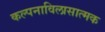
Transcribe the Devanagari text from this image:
कल्पनाविलासात्मक